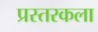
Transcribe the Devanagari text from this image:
प्रस्तरकला